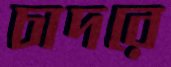
চাদরে